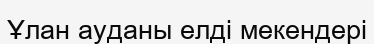
Ұлан ауданы елді мекендері